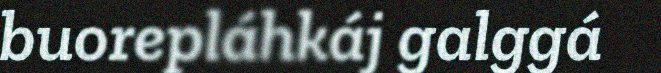
buorepláhkáj galggá